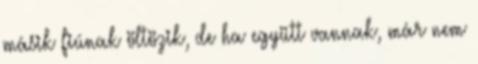
másik fiúnak öltözik, de ha együtt vannak, már nem